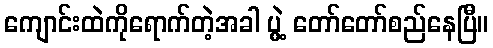
ကျောင်းထဲကိုရောက်တဲ့အခါ ပွဲ့ တော်တော်စည်နေပြီ။